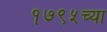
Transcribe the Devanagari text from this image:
१७९५च्या